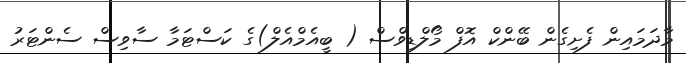
މާދަމައިން ފެށިގެން ބޭންކް އޮފް މޯލްޑިވްސް ( ބީއެމްއެލް)ގެ ކަސްޓަމާ ސާވިސް ސެންޓަރު